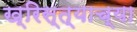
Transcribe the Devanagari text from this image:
ख्रिस्त्याच्या